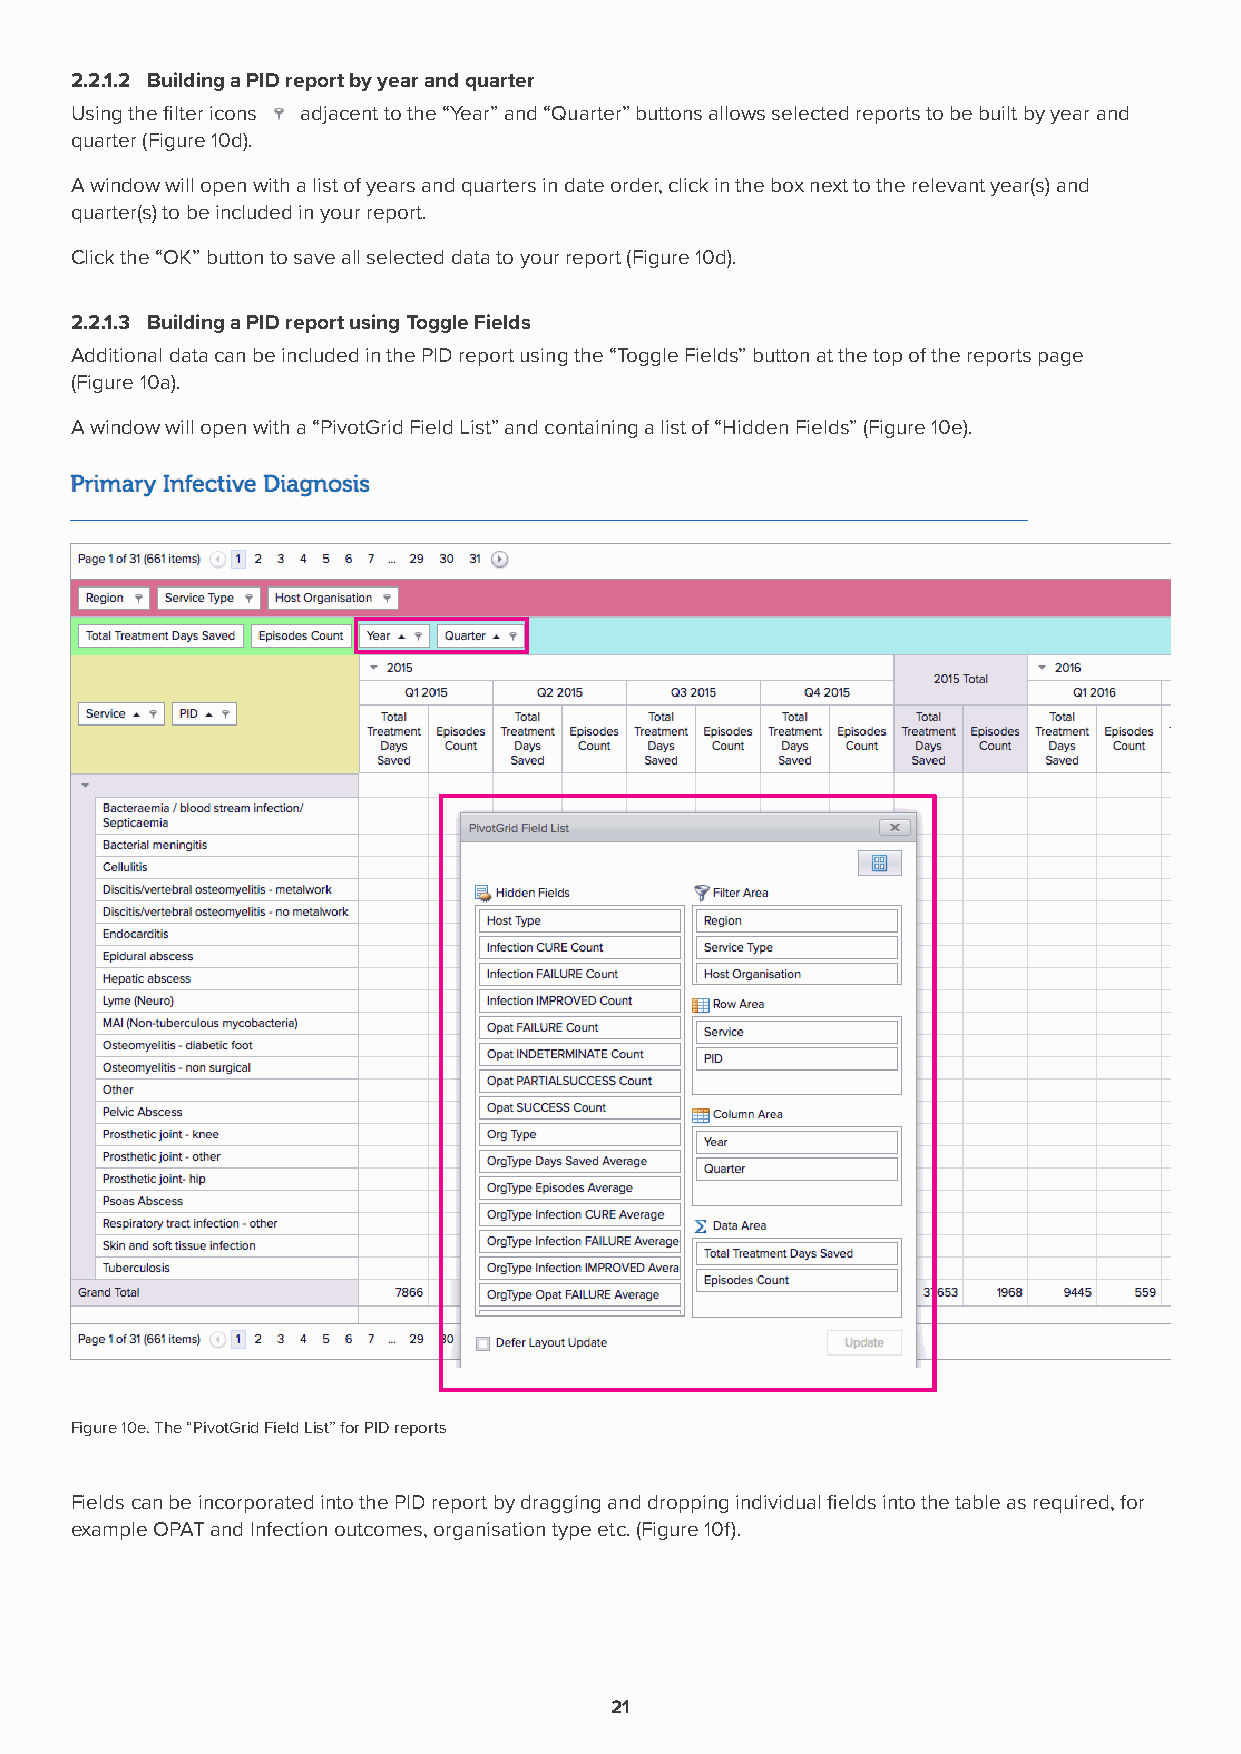
2.2.1.2 Building a PID report by year and quarter
 Using the filter icons adjacent to the “Year” and “Quarter” buttons allows selected reports to be built by year and
 quarter (Figure 10d).
 A window will open with a list of years and quarters in date order, click in the box next to the relevant year(s) and
 quarter(s) to be included in your report.
 Click the “OK” button to save all selected data to your report (Figure 10d).
 2.2.1.3 Building a PID report using Toggle Fields
 Additional data can be included in the PID report using the “Toggle Fields” button at the top of the reports page
 (Figure 10a).
 A window will open with a “PivotGrid Field List” and containing a list of “Hidden Fields” (Figure 10e).
 Figure 10e. The “PivotGrid Field List” for PID reports
 Fields can be incorporated into the PID report by dragging and dropping individual fields into the table as required, for
 example OPAT and Infection outcomes, organisation type etc. (Figure 10f).
 21